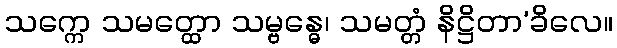
သက္ကေ သမတ္ထော သမ္ဗန္ဓေ၊ သမတ္တံ နိဋ္ဌိတာ’ခိလေ။